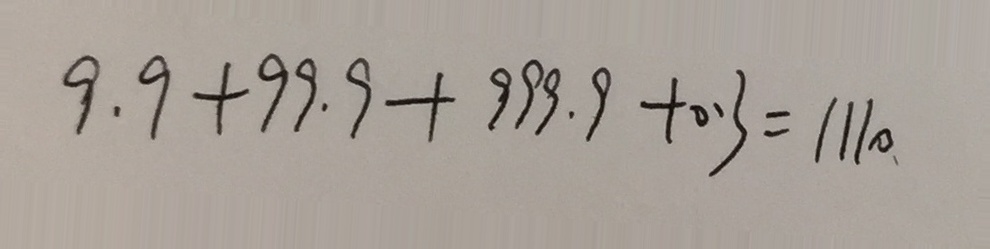
9 . 9 + 9 9 . 9 + 9 9 9 . 9 + 0 . 3 = 1 1 1 0